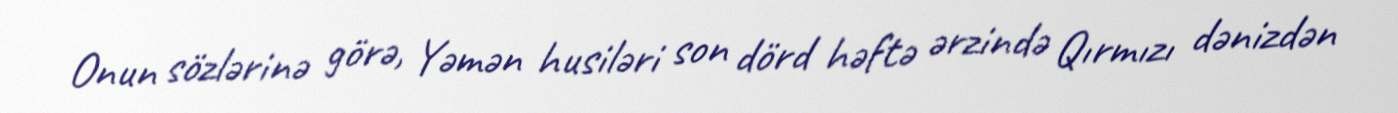
Onun sözlərinə görə, Yəmən husiləri son dörd həftə ərzində Qırmızı dənizdən